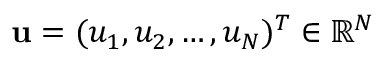
{ \mathbf u } = ( u _ { 1 } , u _ { 2 } , \ldots , u _ { N } ) ^ { T } \in \mathbb { R } ^ { N }